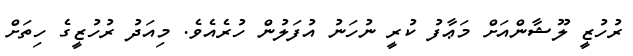
ރުހުޒީ ލޫޝާންއަށް މަޢާފު ކުރީ ނުހަނު އުފަލުން ހުރެއެވެ. މިއަދު ރުހުޒީގެ ހިތަށް